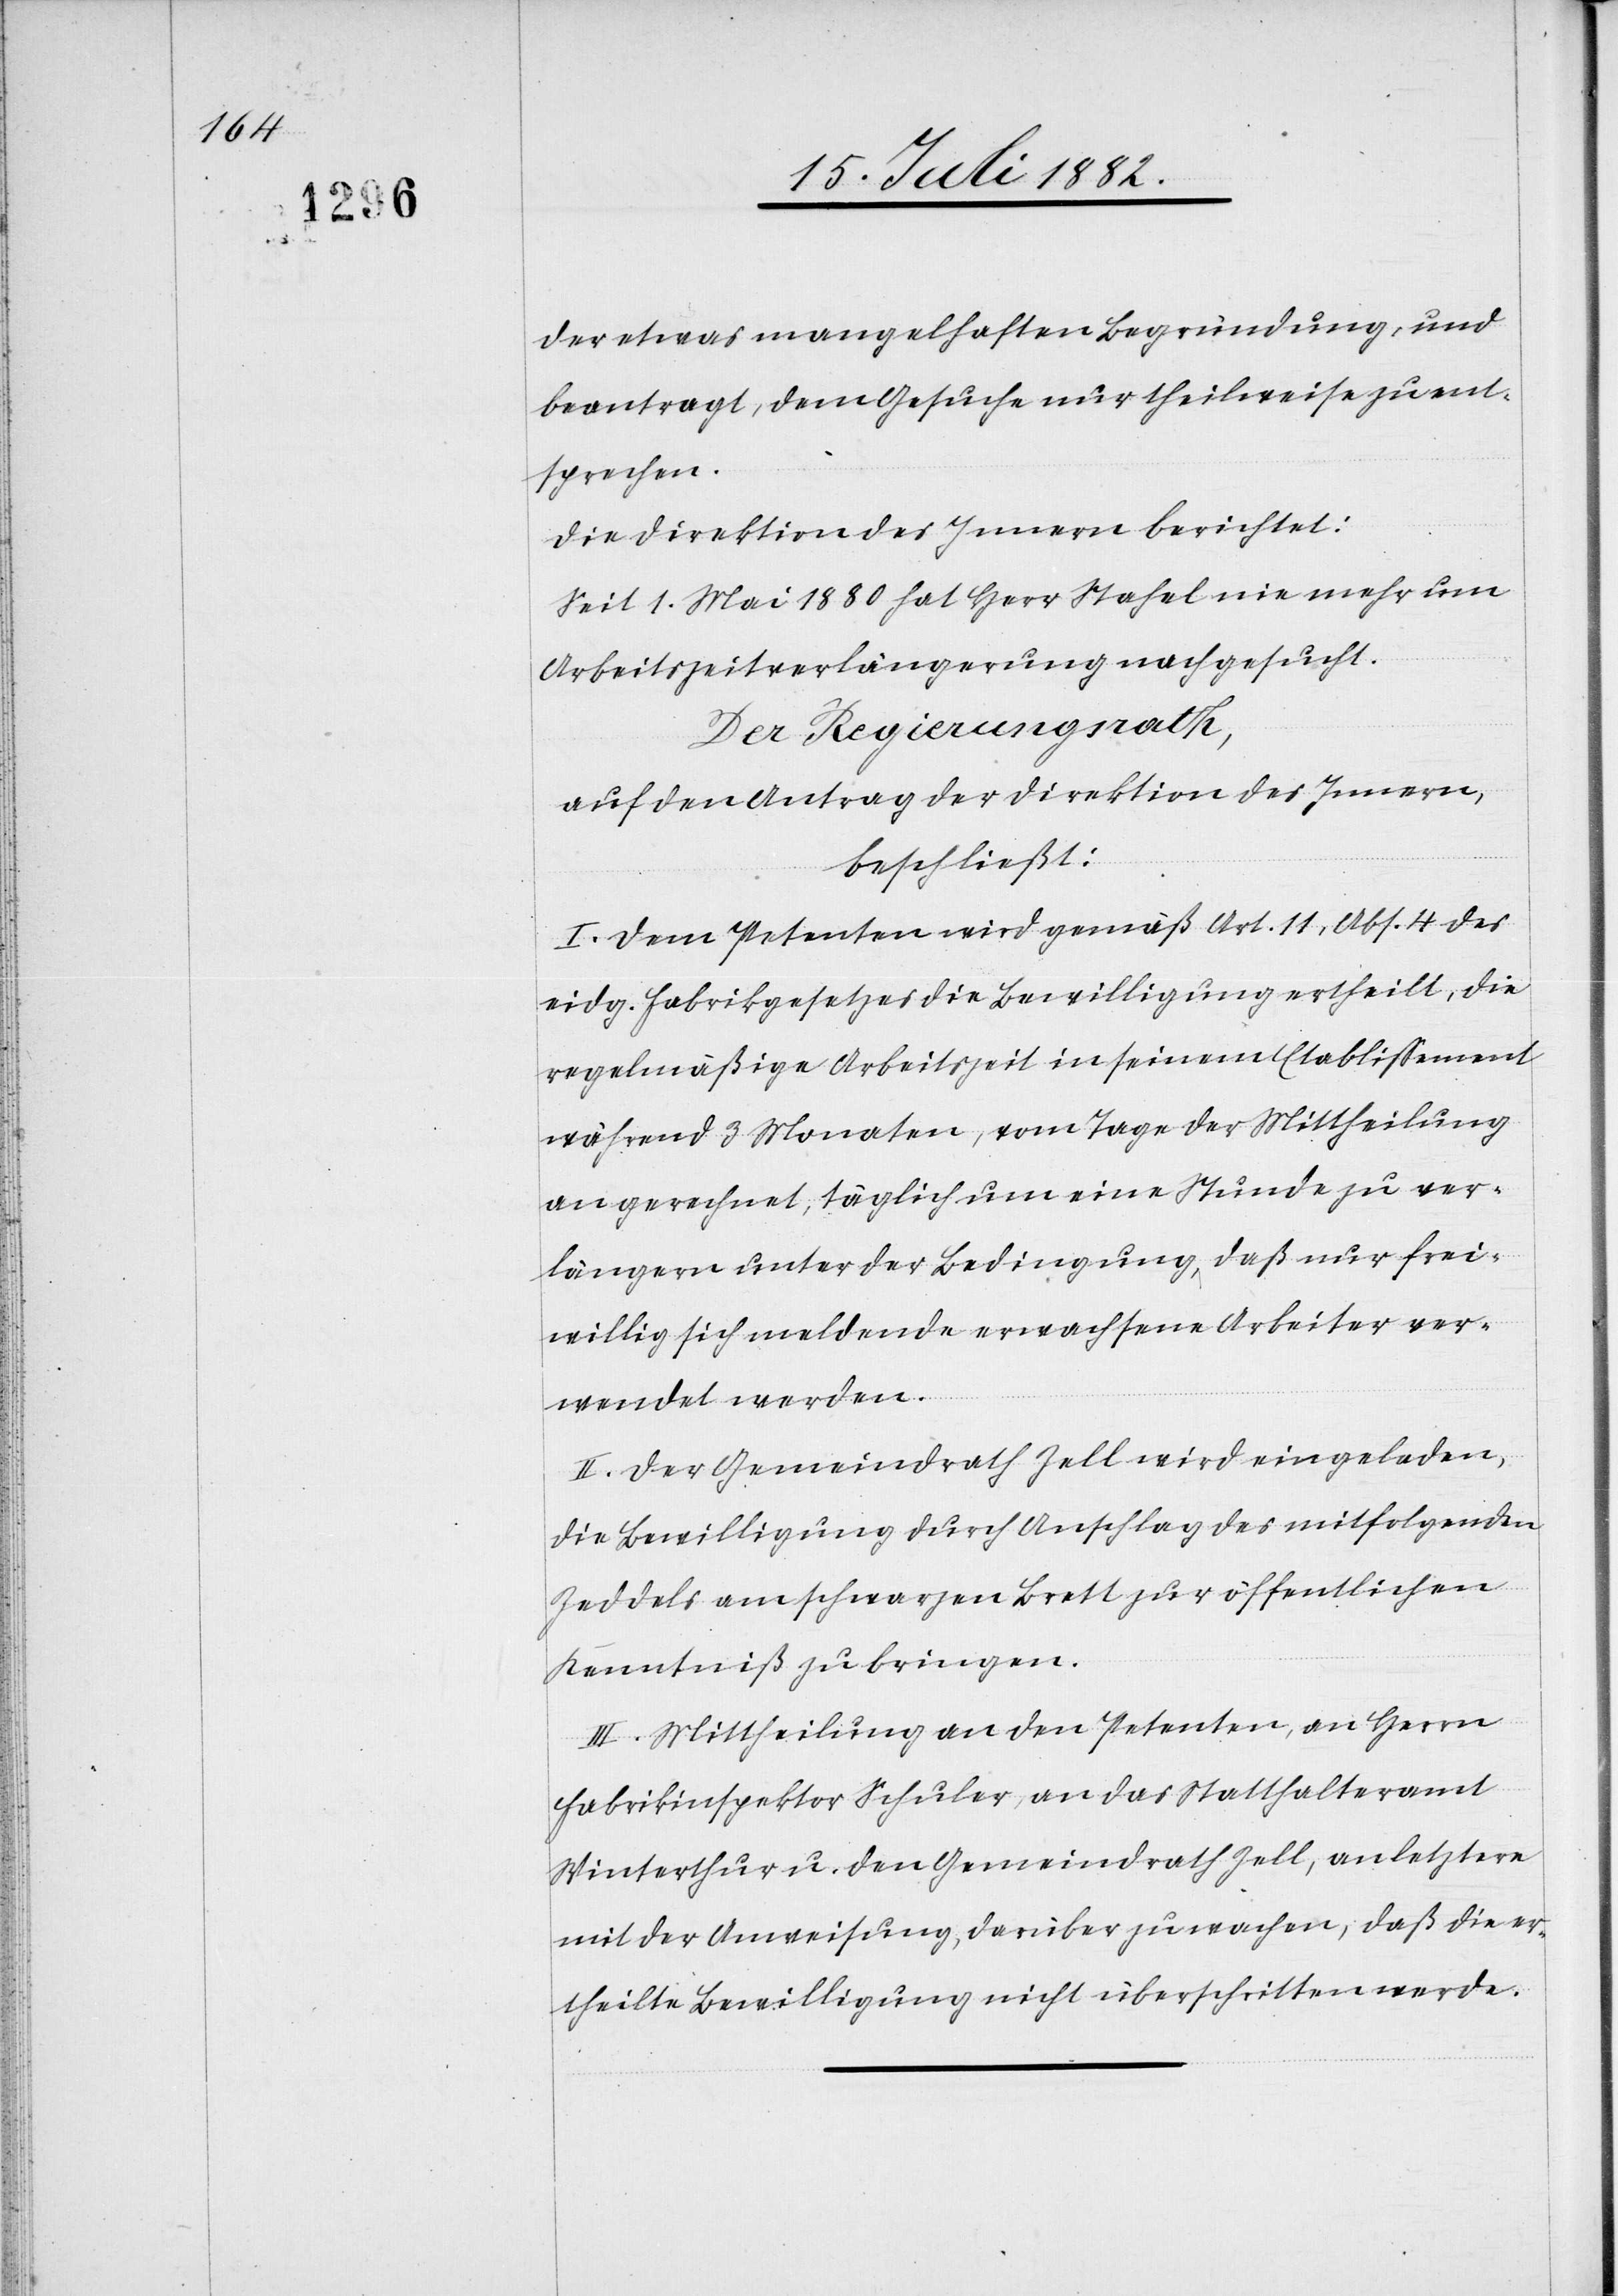
der etwas mangelhaften Begründung, und
beantragt, dem Gesuche nur theilweise zu ent¬
sprechen.
Die Direktion des Innern berichtet:
Seit 1. Mai 1880 hat Herr Stahel nie mehr um
Arbeitszeitverlängerung nachgesucht.
Der Regierungsrath,
auf den Antrag der Direktion des Innern,
beschließt:
I. Dem Petenten wird gemäß Art. 11, Abs. 4 des
eidg. Fabrikgesetzes die Bewilligung ertheilt, die
regelmäßige Arbeitszeit in seinem Etablissement
während 3 Monaten, vom Tage der Mittheilung
an gerechnet, täglich um eine Stunde zu ver¬
längern unter der Bedingung, daß nur frei¬
willig sich meldende erwachsene Arbeiter ver¬
wendet werden.
II. Der Gemeindrath Zell wird eingeladen,
die Bewilligung durch Anschlag des mitfolgenden
Zeddels am schwarzen Brett zur öffentlichen
Kenntniß zu bringen.
III. Mittheilung an den Petenten, an Herrn
Fabrikinspektor Schuler, an das Statthalteramt
Winterthur u. den Gemeindrath Zell, an letztere
mit der Anweisung, darüber zu wachen, daß die er¬
theilte Bewilligung nicht überschritten werde.